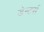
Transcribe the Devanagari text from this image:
डेन्टर्स